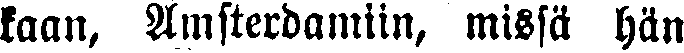
kaan, Amsterdamiin, missä hän